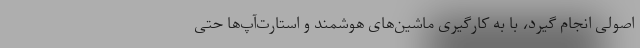
اصولی انجام گیرد، با به کارگیری ماشین‌های هوشمند و استارت‌آپ‌ها حتی